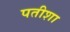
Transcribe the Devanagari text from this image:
पतीशा